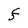
Character: f